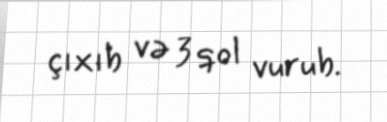
çıxıb və 3 qol vurub.